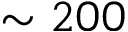
\sim 2 0 0